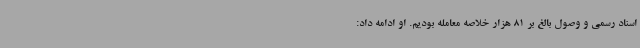
اسناد رسمی و وصول بالغ بر 81 هزار خلاصه معامله بودیم. او ادامه داد: